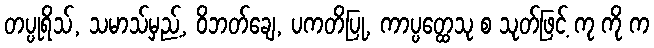
တပ္ပုရိသ်, သမာသ်မှည့်, ဝိဘတ်ချေ, ပကတိပြု, ကာပ္ပတ္ထေသု စ သုတ်ဖြင့် ကု ကို က